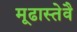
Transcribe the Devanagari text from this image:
मूढास्तेवै